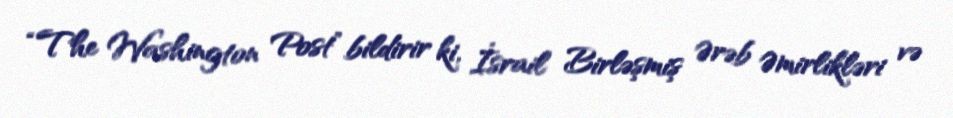
“The Washington Post” bildirir ki, İsrail Birləşmiş Ərəb Əmirlikləri və